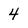
Character: 4